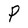
Character: P